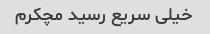
خیلی سریع رسید مچکرم